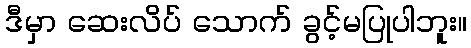
ဒီမှာ ဆေးလိပ် သောက် ခွင့်မပြုပါဘူး။